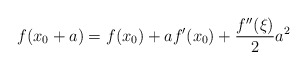
\begin{align*}f(x_0+a) = f(x_0) + af'(x_0) + \frac{f''(\xi)}{2} a^2\end{align*}